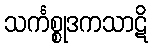
သင်္ကစ္စုဒကသာဋိ